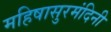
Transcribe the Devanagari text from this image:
महिषासुरमंदिनी